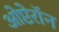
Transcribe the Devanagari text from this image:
ओप्टेरॉन